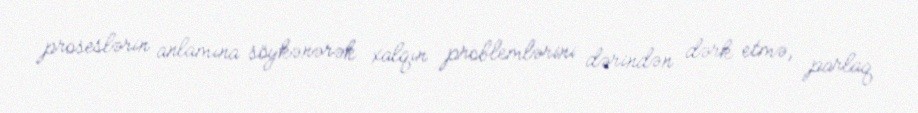
proseslərin anlamına söykənərək xalqın problemlərini dərindən dərk etmə, parlaq